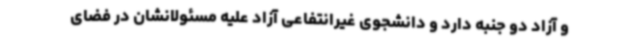
و آزاد دو جنبه دارد و دانشجوی غیرانتفاعی آزاد علیه مسئولانشان در فضای